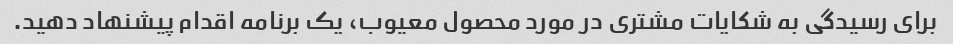
برای رسیدگی به شکایات مشتری در مورد محصول معیوب، یک برنامه اقدام پیشنهاد دهید.